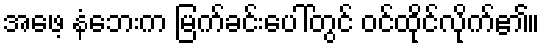
အဖေ့ နံဘေးက မြက်ခင်းပေါ်တွင် ဝင်ထိုင်လိုက်၏။